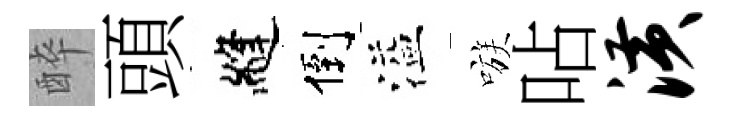
醉頭縫倒溢嗾呫潢